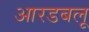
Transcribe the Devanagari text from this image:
आरडबलू